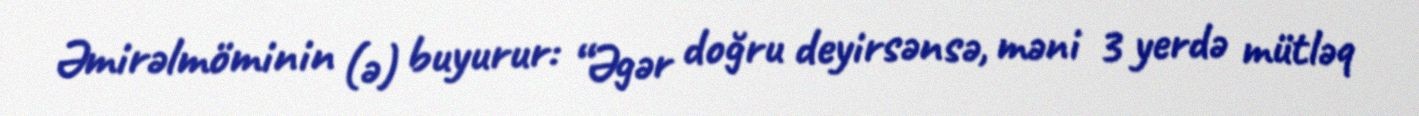
Əmirəlmöminin (ə) buyurur: “Əgər doğru deyirsənsə, məni 3 yerdə mütləq